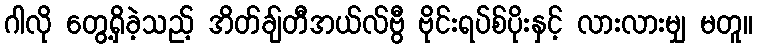
ဂါလို တွေ့ရှိခဲ့သည့် အိတ်ချ်တီအယ်လ်ဗွီ ဗိုင်းရပ်စ်ပိုးနှင့် လားလားမျှ မတူ။